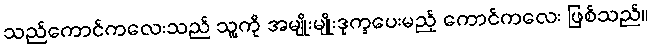
သည်ကောင်ကလေးသည် သူ့ကို အမျိုးမျိုးဒုက္ခပေးမည့် ကောင်ကလေး ဖြစ်သည်။